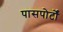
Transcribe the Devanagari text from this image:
पासपोर्टों